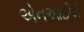
એનઆઈએ